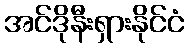
အင်ဒိုနီးရှားနိုင်ငံ